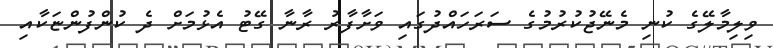
ވިލިމާލޭގެ ކުނި މެނޭޖުކުރުމުގެ ސަރަހައްދުގައި ވަށާފާރު ރާނާ ގޭޓު އެޅުމަށް ދެ ކުންފުންޏަކާއި